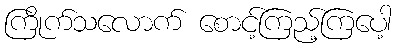
ကြိုက်သလောက် စောင့်ကြည့်ကြပေါ့